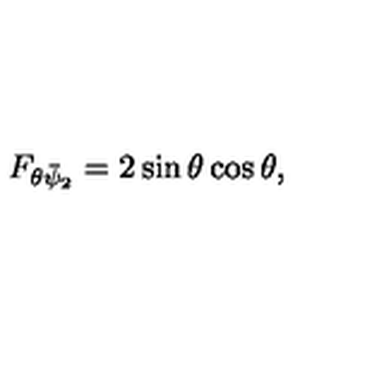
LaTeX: F _ { \theta \bar { \psi } _ { 2 } } = 2 \sin \theta \cos \theta ,